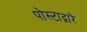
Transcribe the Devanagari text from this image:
पोस्टाद्वारे